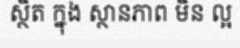
ស្ថិត ក្នុង ស្ថានភាព មិន ល្អ